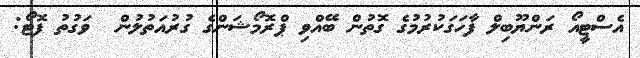
އެސްޓީއޯ ރަންޔޫބިލް ފާހަގަކުރުމުގެ ގޮތުން ބޭއްވި ޕްރޮމޯޝަންގެ ގުރުއަތުލުން  ވަގުތު ފޮޓޯ: